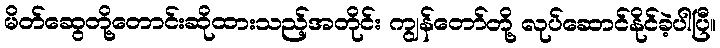
မိတ်ဆွေတို့တောင်းဆိုထားသည့်အတိုင်း ကျွန်တော်တို့ လုပ်ဆောင်နိုင်ခဲ့ပါပြီ။